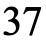
37